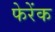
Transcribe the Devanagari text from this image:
फेरेंक